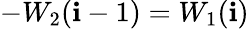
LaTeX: -W_{2}(\mathbf{i}-1)=W_{1}(\mathbf{i})